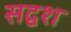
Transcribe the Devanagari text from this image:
सद्वश